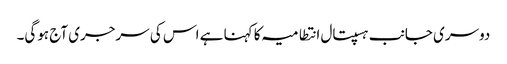
دوسری جانب ہسپتال انتطامیہ کا کہنا ہے اس کی سرجری آج ہوگی۔